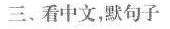
三、看中文，默句子